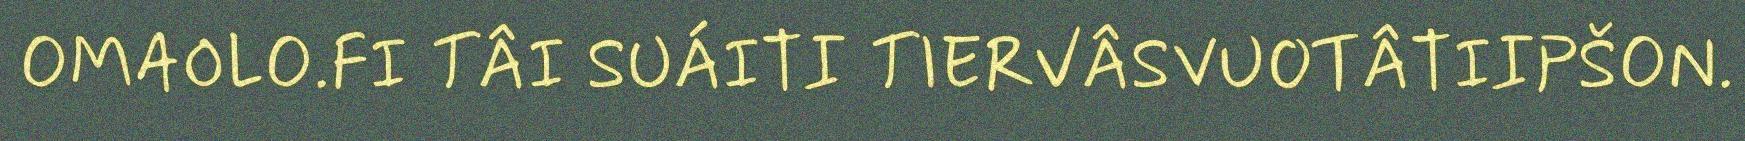
OMAOLO.FI TÂI SUÁITI TIERVÂSVUOTÂTIIPŠON.